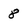
Character: 8